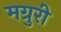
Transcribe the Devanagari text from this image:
मग्रुरी